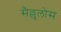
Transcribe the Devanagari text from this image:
सैल्लुलोस